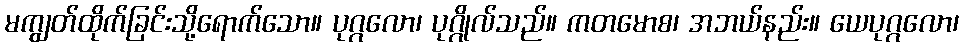
မကျွတ်ထိုက်ခြင်းသို့ရောက်သော။ ပုဂ္ဂလော၊ ပုဂ္ဂိုလ်သည်။ ကတမောစ၊ အဘယ်နည်း။ ယေပုဂ္ဂလော၊